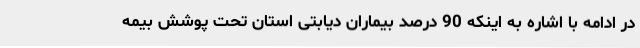
در ادامه با اشاره به اینکه 90 درصد بیماران دیابتی استان تحت پوشش بیمه